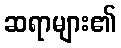
ဆရာများ၏